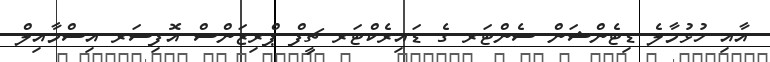
އާއި ހުޅުމާލެ ޑިޓެންޝަން ސެންޓަރ ގެ ޑައިރެކްޓަރ ޗީފް ޕްރިޒަންސް އޮފިސަރ އިސްމާއިލް